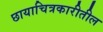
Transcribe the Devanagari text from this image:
छायाचित्रकारीतील